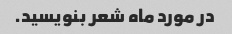
در مورد ماه شعر بنویسید.